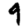
Digit: 9